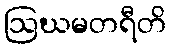
ဩဃမတရီတိ